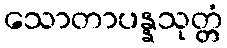
သောတာပန္နသုတ္တံ